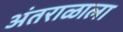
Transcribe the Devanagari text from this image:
अंतराळाला